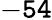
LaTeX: \mathtt{-54}